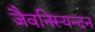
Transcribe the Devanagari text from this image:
जैवनिस्यन्दन